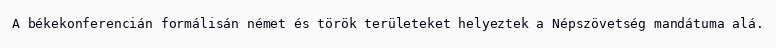
A békekonferencián formálisán német és török területeket helyeztek a Népszövetség mandátuma alá.